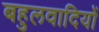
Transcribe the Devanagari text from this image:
बहुलवादियों